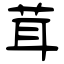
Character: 茸